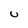
Character: U